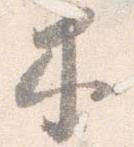
木